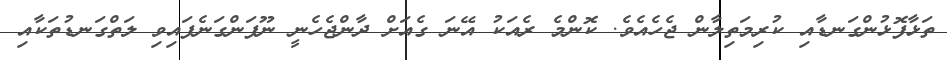
ތަޅާފޮޅުންގަނޑާއި ކުރިމަތިލާން ޖެހެއެވެ. ކޮންމެ ރެއަކު އޭނަ ގެއަށް ދާންޖެހެނީ ނޫފަންގަނެފައިވި ލަތްގަނޑުތަކާއި